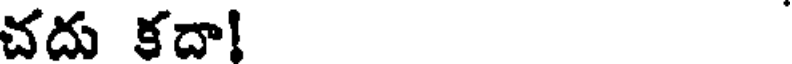
చదు కదా!